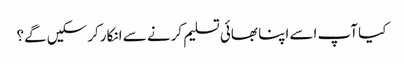
کیا آپ اسے اپنا بھائی تسلیم کرنے سے انکار کرسکیں گے؟